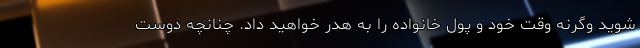
شوید وگرنه وقت خود و پول خانواده را به هدر خواهید داد. چنانچه دوست